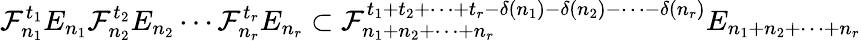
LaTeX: \mathcal F_{n_{1}}^{t_{1}}E_{n_{1}}\mathcal F_{n_{2}}^{t_{2}}E_{n_{2}}\cdots\mathcal F_{n_{r}}^{t_{r}}E_{n_{r}}\subset\mathcal F_{n_{1}+n_{2}+\cdots+n_{r}}^{t_{1}+t_{2}+\cdots+t_{r}-\delta(n_{1})-\delta(n_{2})-\cdots-\delta(n_{r})}E_{n_{1}+n_{2}+\cdots+n_{r}}